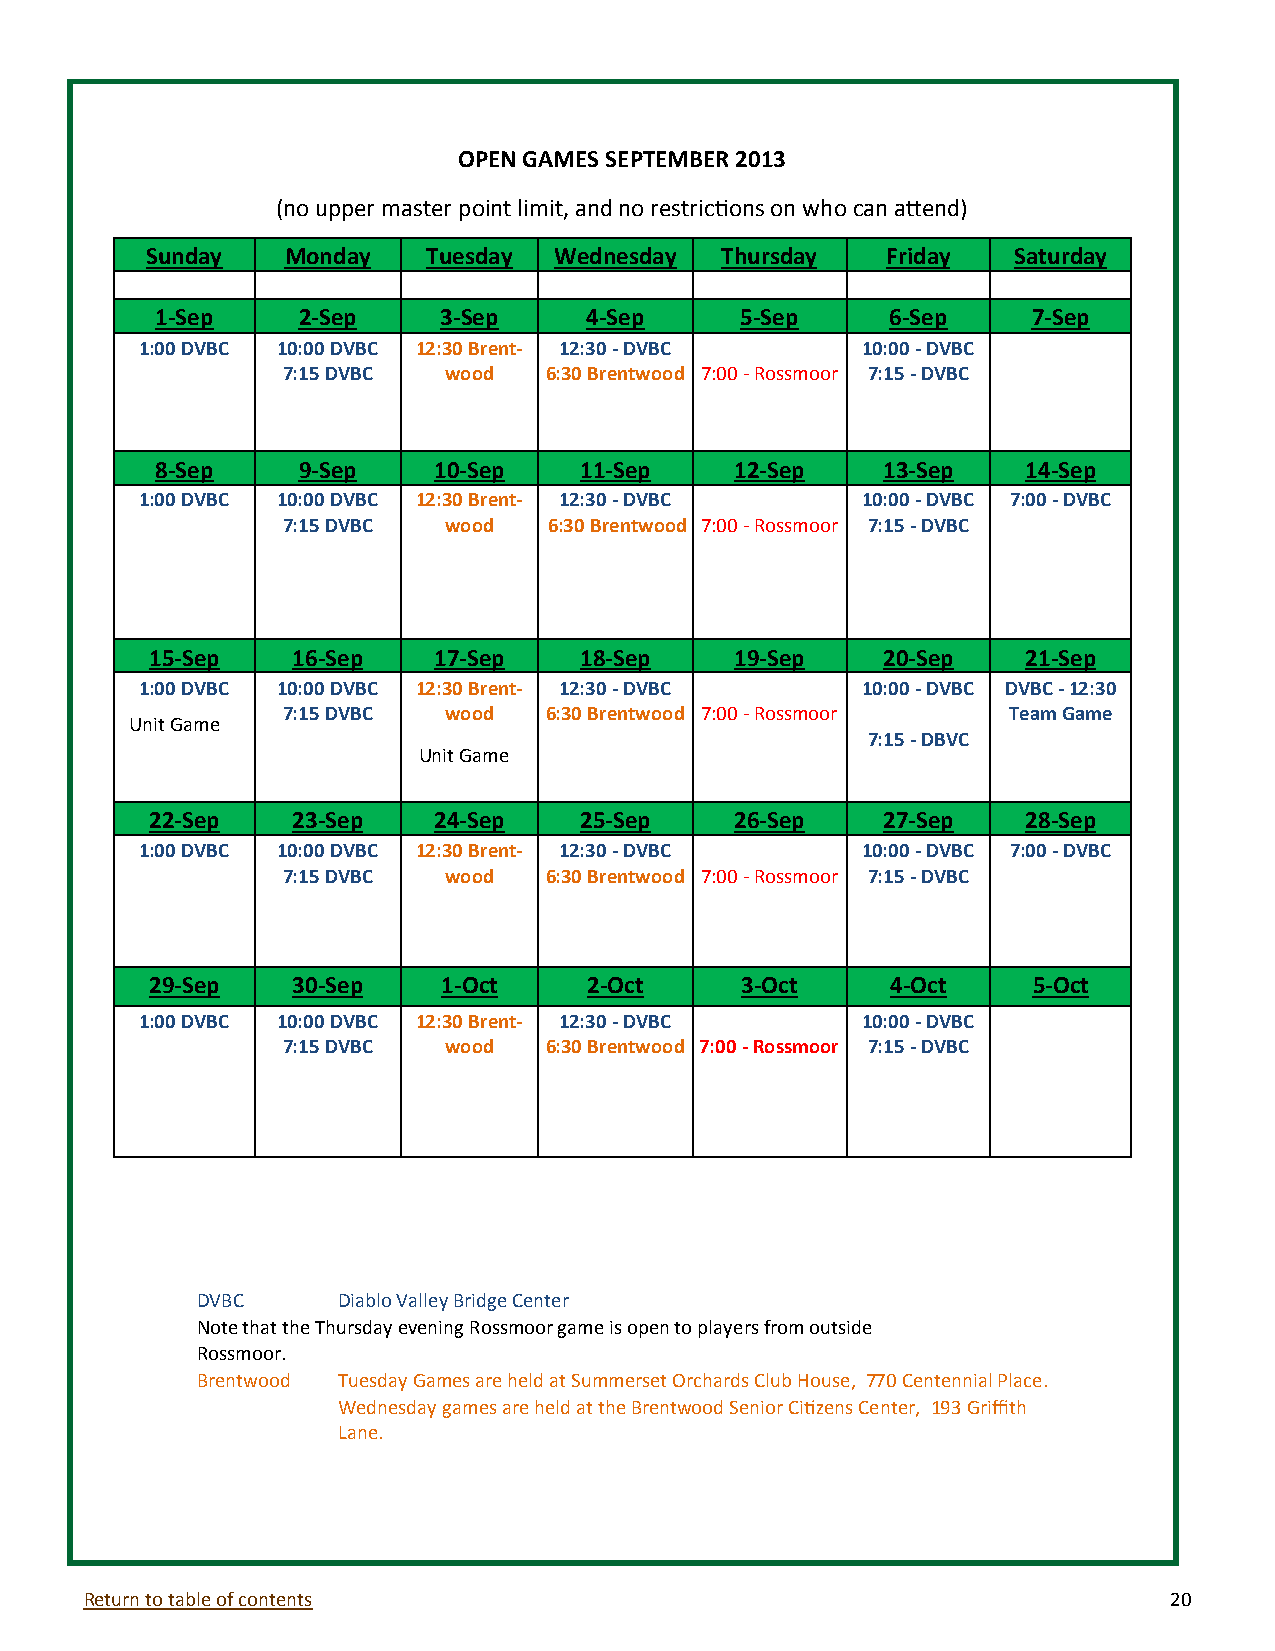
OPEN GAMES SEPTEMBER 2013
 (no upper master point limit, and no restrictions on who can attend)
 Sunday   Monday   Tuesday  Wednesday  Thursday   Friday  Saturday
 1-Sep     2-Sep    3-Sep     4-Sep     5-Sep     6-Sep    7-Sep
 1:00 DVBC 10:00 DVBC 12:30 Brent- 12:30 - DVBC  10:00 - DVBC
 7:15 DVBC wood   6:30 Brentwood 7:00 - Rossmoor 7:15 - DVBC
 8-Sep     9-Sep    10-Sep   11-Sep     12-Sep   13-Sep    14-Sep
 1:00 DVBC 10:00 DVBC 12:30 Brent- 12:30 - DVBC  10:00 - DVBC 7:00 - DVBC
 7:15 DVBC wood   6:30 Brentwood 7:00 - Rossmoor 7:15 - DVBC
 15-Sep   16-Sep    17-Sep   18-Sep     19-Sep   20-Sep    21-Sep
 1:00 DVBC 10:00 DVBC 12:30 Brent- 12:30 - DVBC  10:00 - DVBC DVBC - 12:30
 7:15 DVBC wood   6:30 Brentwood 7:00 - Rossmoor Team Game
 Unit Game
 7:15 - DBVC
 Unit Game
 22-Sep   23-Sep    24-Sep   25-Sep     26-Sep   27-Sep    28-Sep
 1:00 DVBC 10:00 DVBC 12:30 Brent- 12:30 - DVBC  10:00 - DVBC 7:00 - DVBC
 7:15 DVBC wood   6:30 Brentwood 7:00 - Rossmoor 7:15 - DVBC
 29-Sep   30-Sep    1-Oct     2-Oct     3-Oct     4-Oct    5-Oct
 1:00 DVBC 10:00 DVBC 12:30 Brent- 12:30 - DVBC  10:00 - DVBC
 7:15 DVBC wood   6:30 Brentwood 7:00 - Rossmoor 7:15 - DVBC
 DVBC     Diablo Valley Bridge Center
 Note that the Thursday evening Rossmoor game is open to players from outside
 Rossmoor.
 Brentwood Tuesday Games are held at Summerset Orchards Club House, 770 Centennial Place.
 Wednesday games are held at the Brentwood Senior Citizens Center, 193 Griffith
 Lane.
 Return to table of contents                                            20